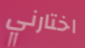
اختارني